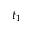
t _ { 1 }